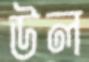
উল